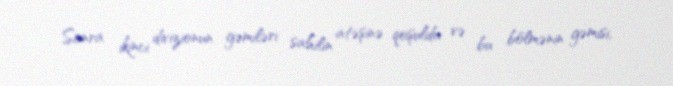
Sonra ikinci divizionun gəmiləri sahilin atəşinə qoşuldu və bu bölmənin gəmisi,